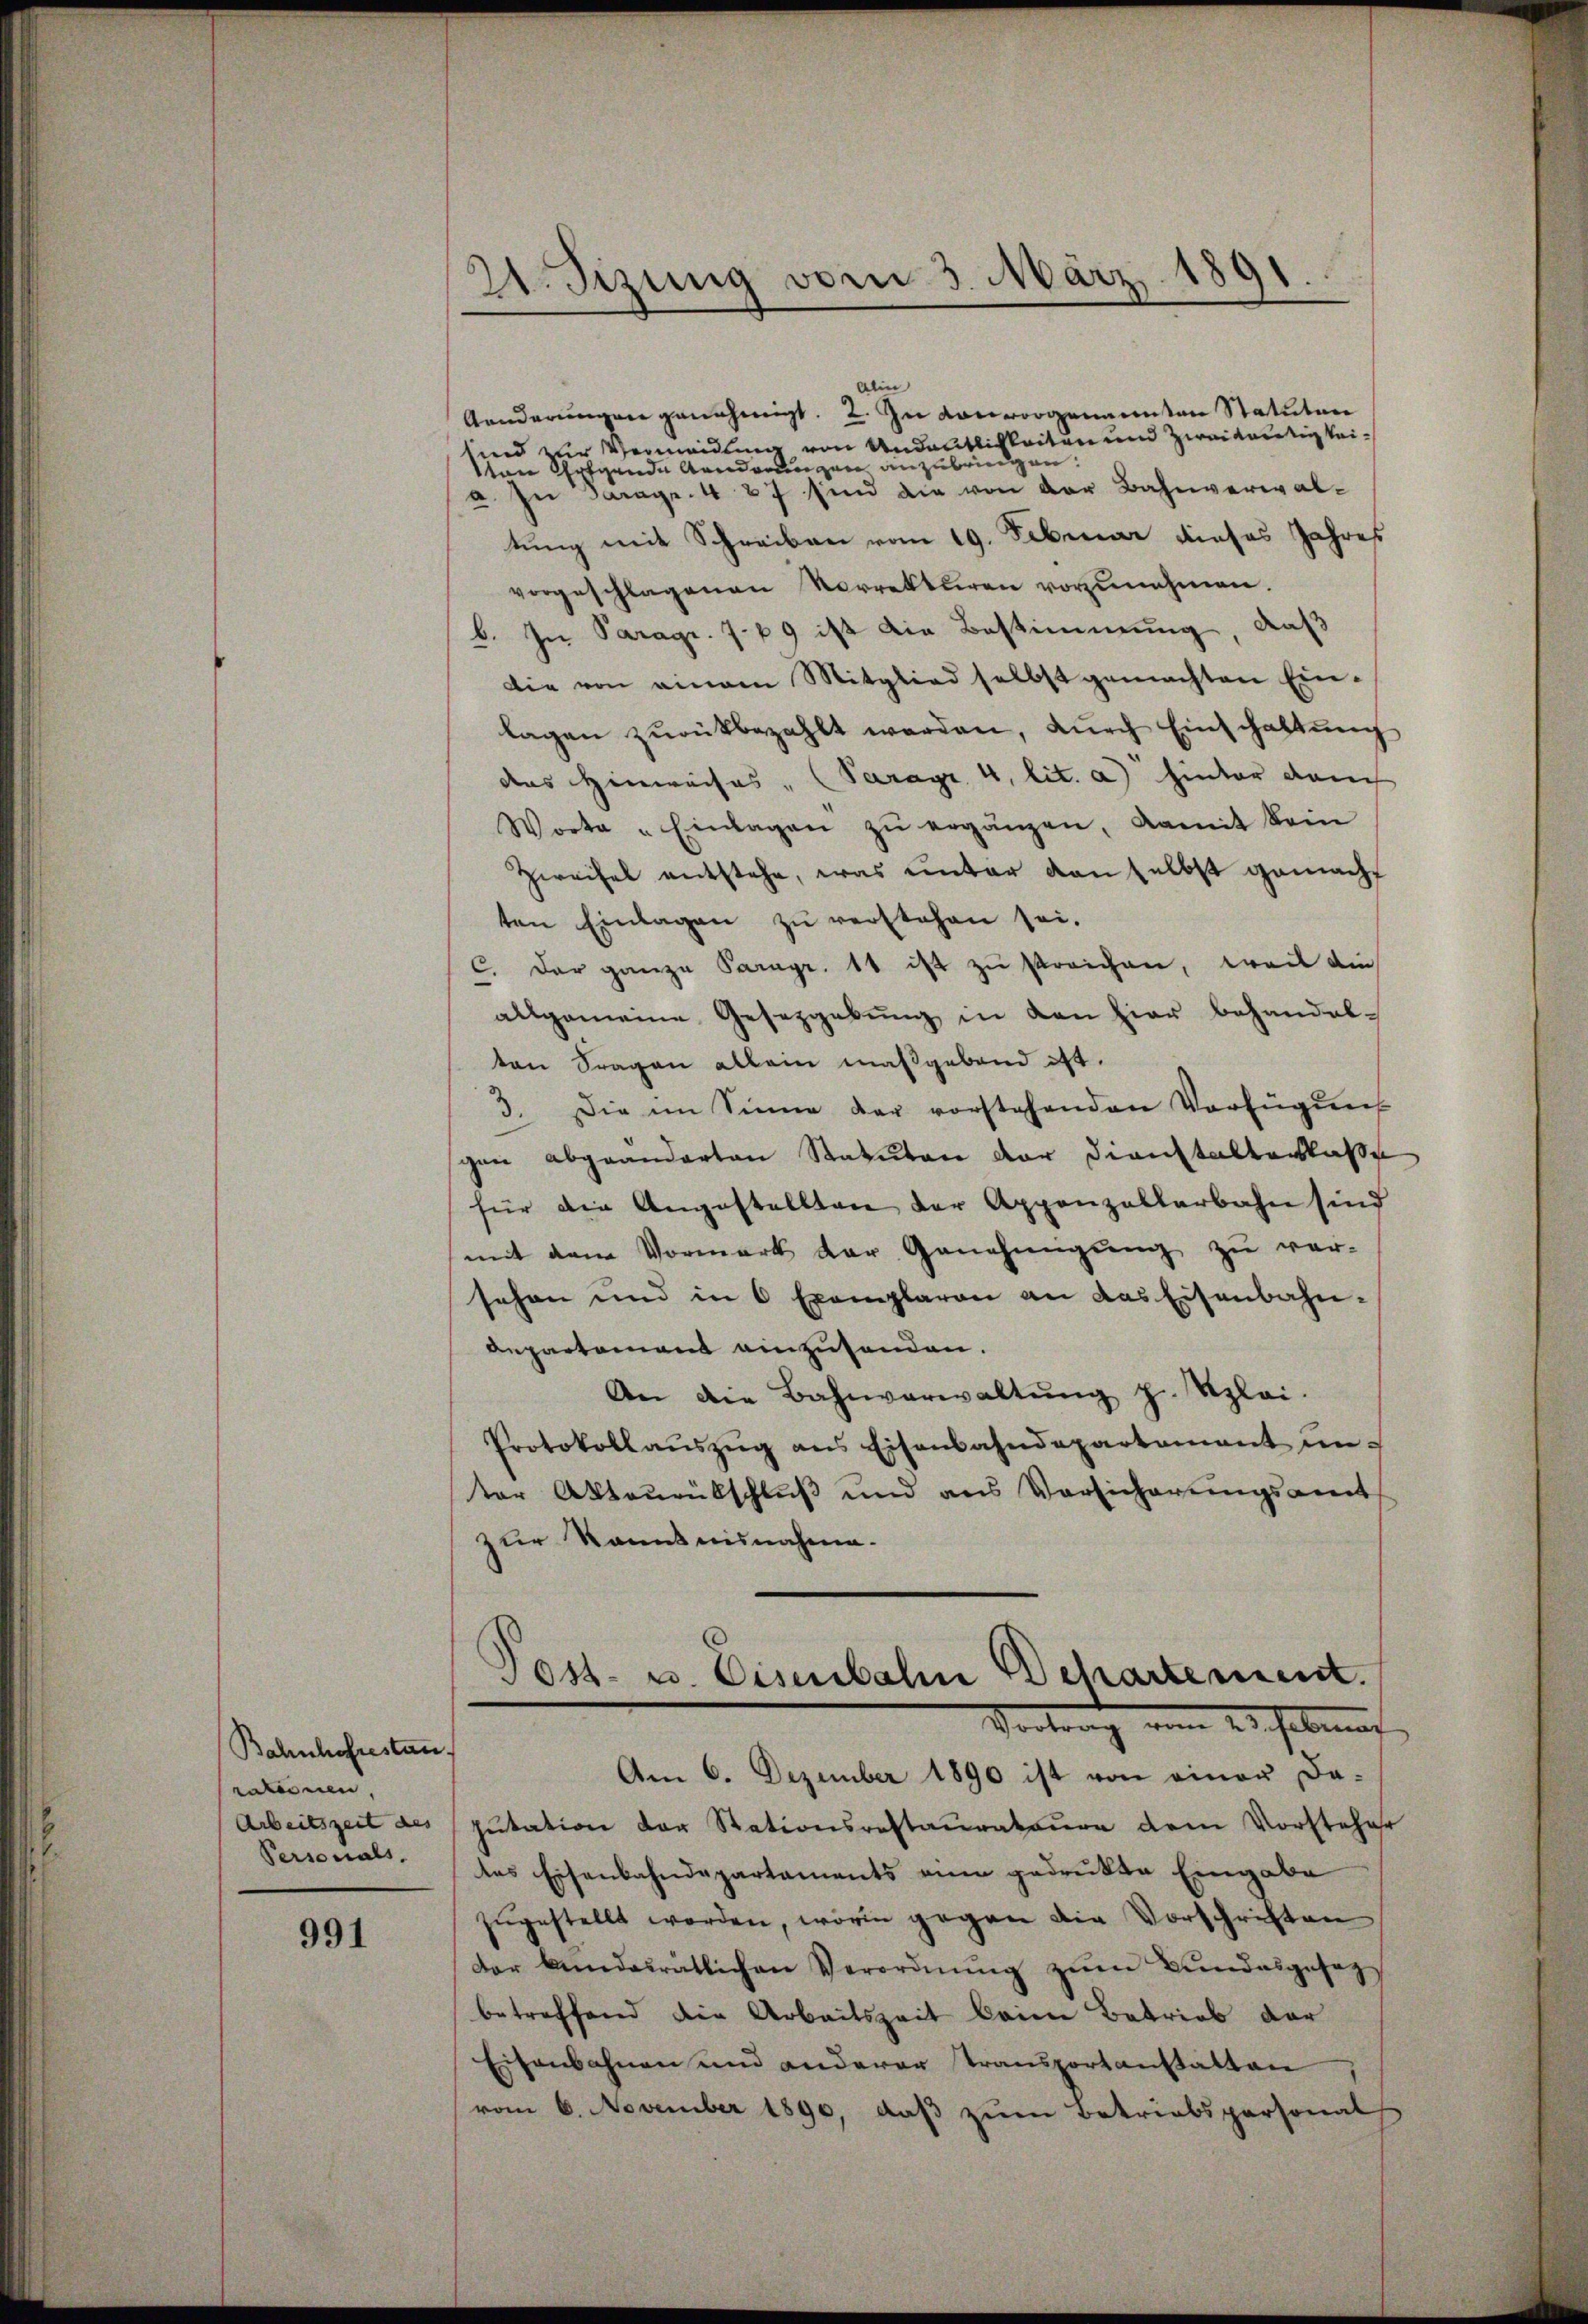
Bahnhofrestan
rateinen
Arbeitszeit des
Personals.

991

21. Sizung vom 3. März 1891

Alin
Kanderungen genehmigt. 2. Zu von vorgenannten Statuten
sind zur Vermeidung von Andeutlichkeiten und zweitertigkeiton Ergende Aenderungen anzubringen.
a. In Saragr. 427 sind die von der Bahnverwaltung mit Schreiben vom 19. Februar dieses Jahres
vorgeschlagenen Vorrekturen vorzunehmen.
b. In Paragr. 7. 19 ist die Bestimmung, daß
die von einem Mitglied selbst gemachten Ein-
lagen zŭrükbezahlt werden, durch Einschaftung
das Hinweises " (Paragr. 4. lit. a) hinter danch
Worte "Einlagen zŭ ergänzen, damit kein
Zweifel entstehe, was unter von selbst gemacht
ten Einlagen zu verstehen sei.
C. der ganze Paragr. 11 ist zu streichen, weil die
allgemeine Gesetzgebung in den hier behandelten Fragen allein maßgebend ist.
3. Die im Sinne der vorstehenden Verfügung
gen abgeänderten Statuten der Dienstalterlaße
für die Angestellten der Appenzellerbahn sind
mit dem Vormerk der Genehmigŭng zŭ ver-
sehen und in 6 Exemplaren an das Eisenbahn-
Departement einzusenden.
An die Bahnverwaltŭng z. Szlei.
Protokollaŭszŭg ans Eisenbahndepartement unter Akteurütschluß und aus Versicherungsamt
zur kannt ausnahme.
Post- u. Eisenbahn Behartement.
Vortrag vom 2. habenf
Am 6. Dezember 1890 ist von einer Da-
putation der Stationsrestaŭrateure dem Vorsteher
das Eisenbahndepartaments ein gedrukte Eingabe
zŭgestellt worden, worin gegen die Vorschriften
der Bundesrätlichen Verordnŭng zŭm Bŭndesgesezbetreffend die Arbeitszeit keine Betrieb der
Eisenbahnen und anderer Transportanstatten
vom 6. November 1890, daß zum Betriebspersonal